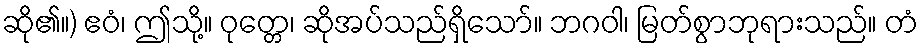
ဆို၏။) ဧဝံ၊ ဤသို့။ ဝုတ္တေ၊ ဆိုအပ်သည်ရှိသော်။ ဘဂဝါ၊ မြတ်စွာဘုရားသည်။ တံ